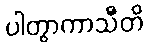
ပါတွာကာသီတိ